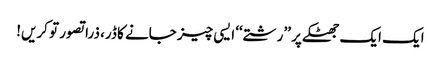
ایک ایک جھٹکے پر ’’رشتے‘‘ ایسی چیز جانے کا ڈر، ذرا تصور تو کریں!